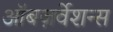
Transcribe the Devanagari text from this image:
ऑबज़र्वेशन्स